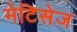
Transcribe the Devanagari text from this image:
मेटिसेज